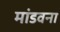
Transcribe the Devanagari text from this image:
मांडवना